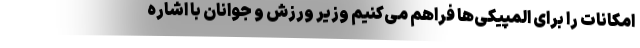
امکانات را برای المپیکی‌ها فراهم می‌کنیم وزیر ورزش و جوانان با اشاره